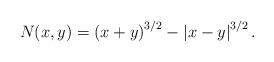
LaTeX: \begin{align*} N(x,y) = \left(x+y\right)^{3/2} - \left|x-y\right|^{3/2}.\end{align*}